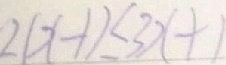
2 ( x - 1 ) \leq 3 x + 1